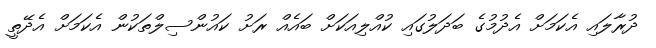
ދުރާލައި އެކަމަށް އެދުމުގެ ބަދަލުގައި ކުއްލިއަކަށް ބައެއް ރަށު ކައުންސިލްތަކުން އެކަމަށް އެދޭތީ